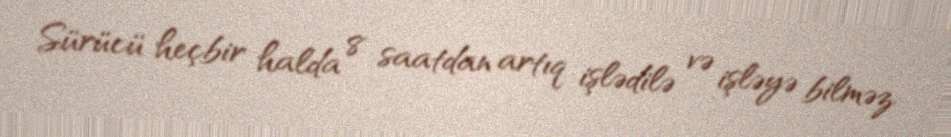
Sürücü heçbir halda 8 saatdan artıq işlədilə və işləyə bilməz.